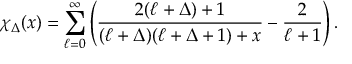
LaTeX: \chi _ { \Delta } ( x ) = \sum _ { \ell = 0 } ^ { \infty } \left( \frac { 2 ( \ell + \Delta ) + 1 } { ( \ell + \Delta ) ( \ell + \Delta + 1 ) + x } - \frac { 2 } { \ell + 1 } \right) .